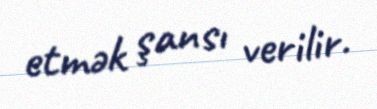
etmək şansı verilir.